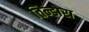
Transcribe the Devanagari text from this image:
तिन्डोरा